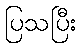
ပြသပြီး